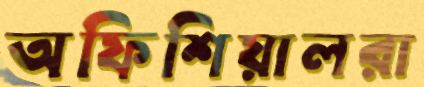
অফিশিয়ালরা